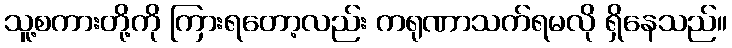
သူ့စကားတို့ကို ကြားရတော့လည်း ကရုဏာသက်ရမလို ရှိနေသည်။